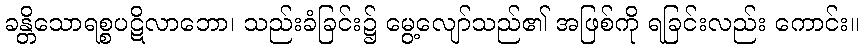
ခန္တိသောရစ္စပဋိလာဘော၊ သည်းခံခြင်း၌ မွေ့လျော်သည်၏ အဖြစ်ကို ရခြင်းလည်း ကောင်း။